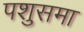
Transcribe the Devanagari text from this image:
पशुसमा